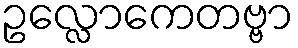
ဥလ္လောကေတဗ္ဗာ